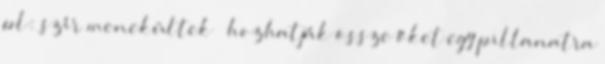
pl: szír menekültek – hozhatják össze őket egy pillanatra